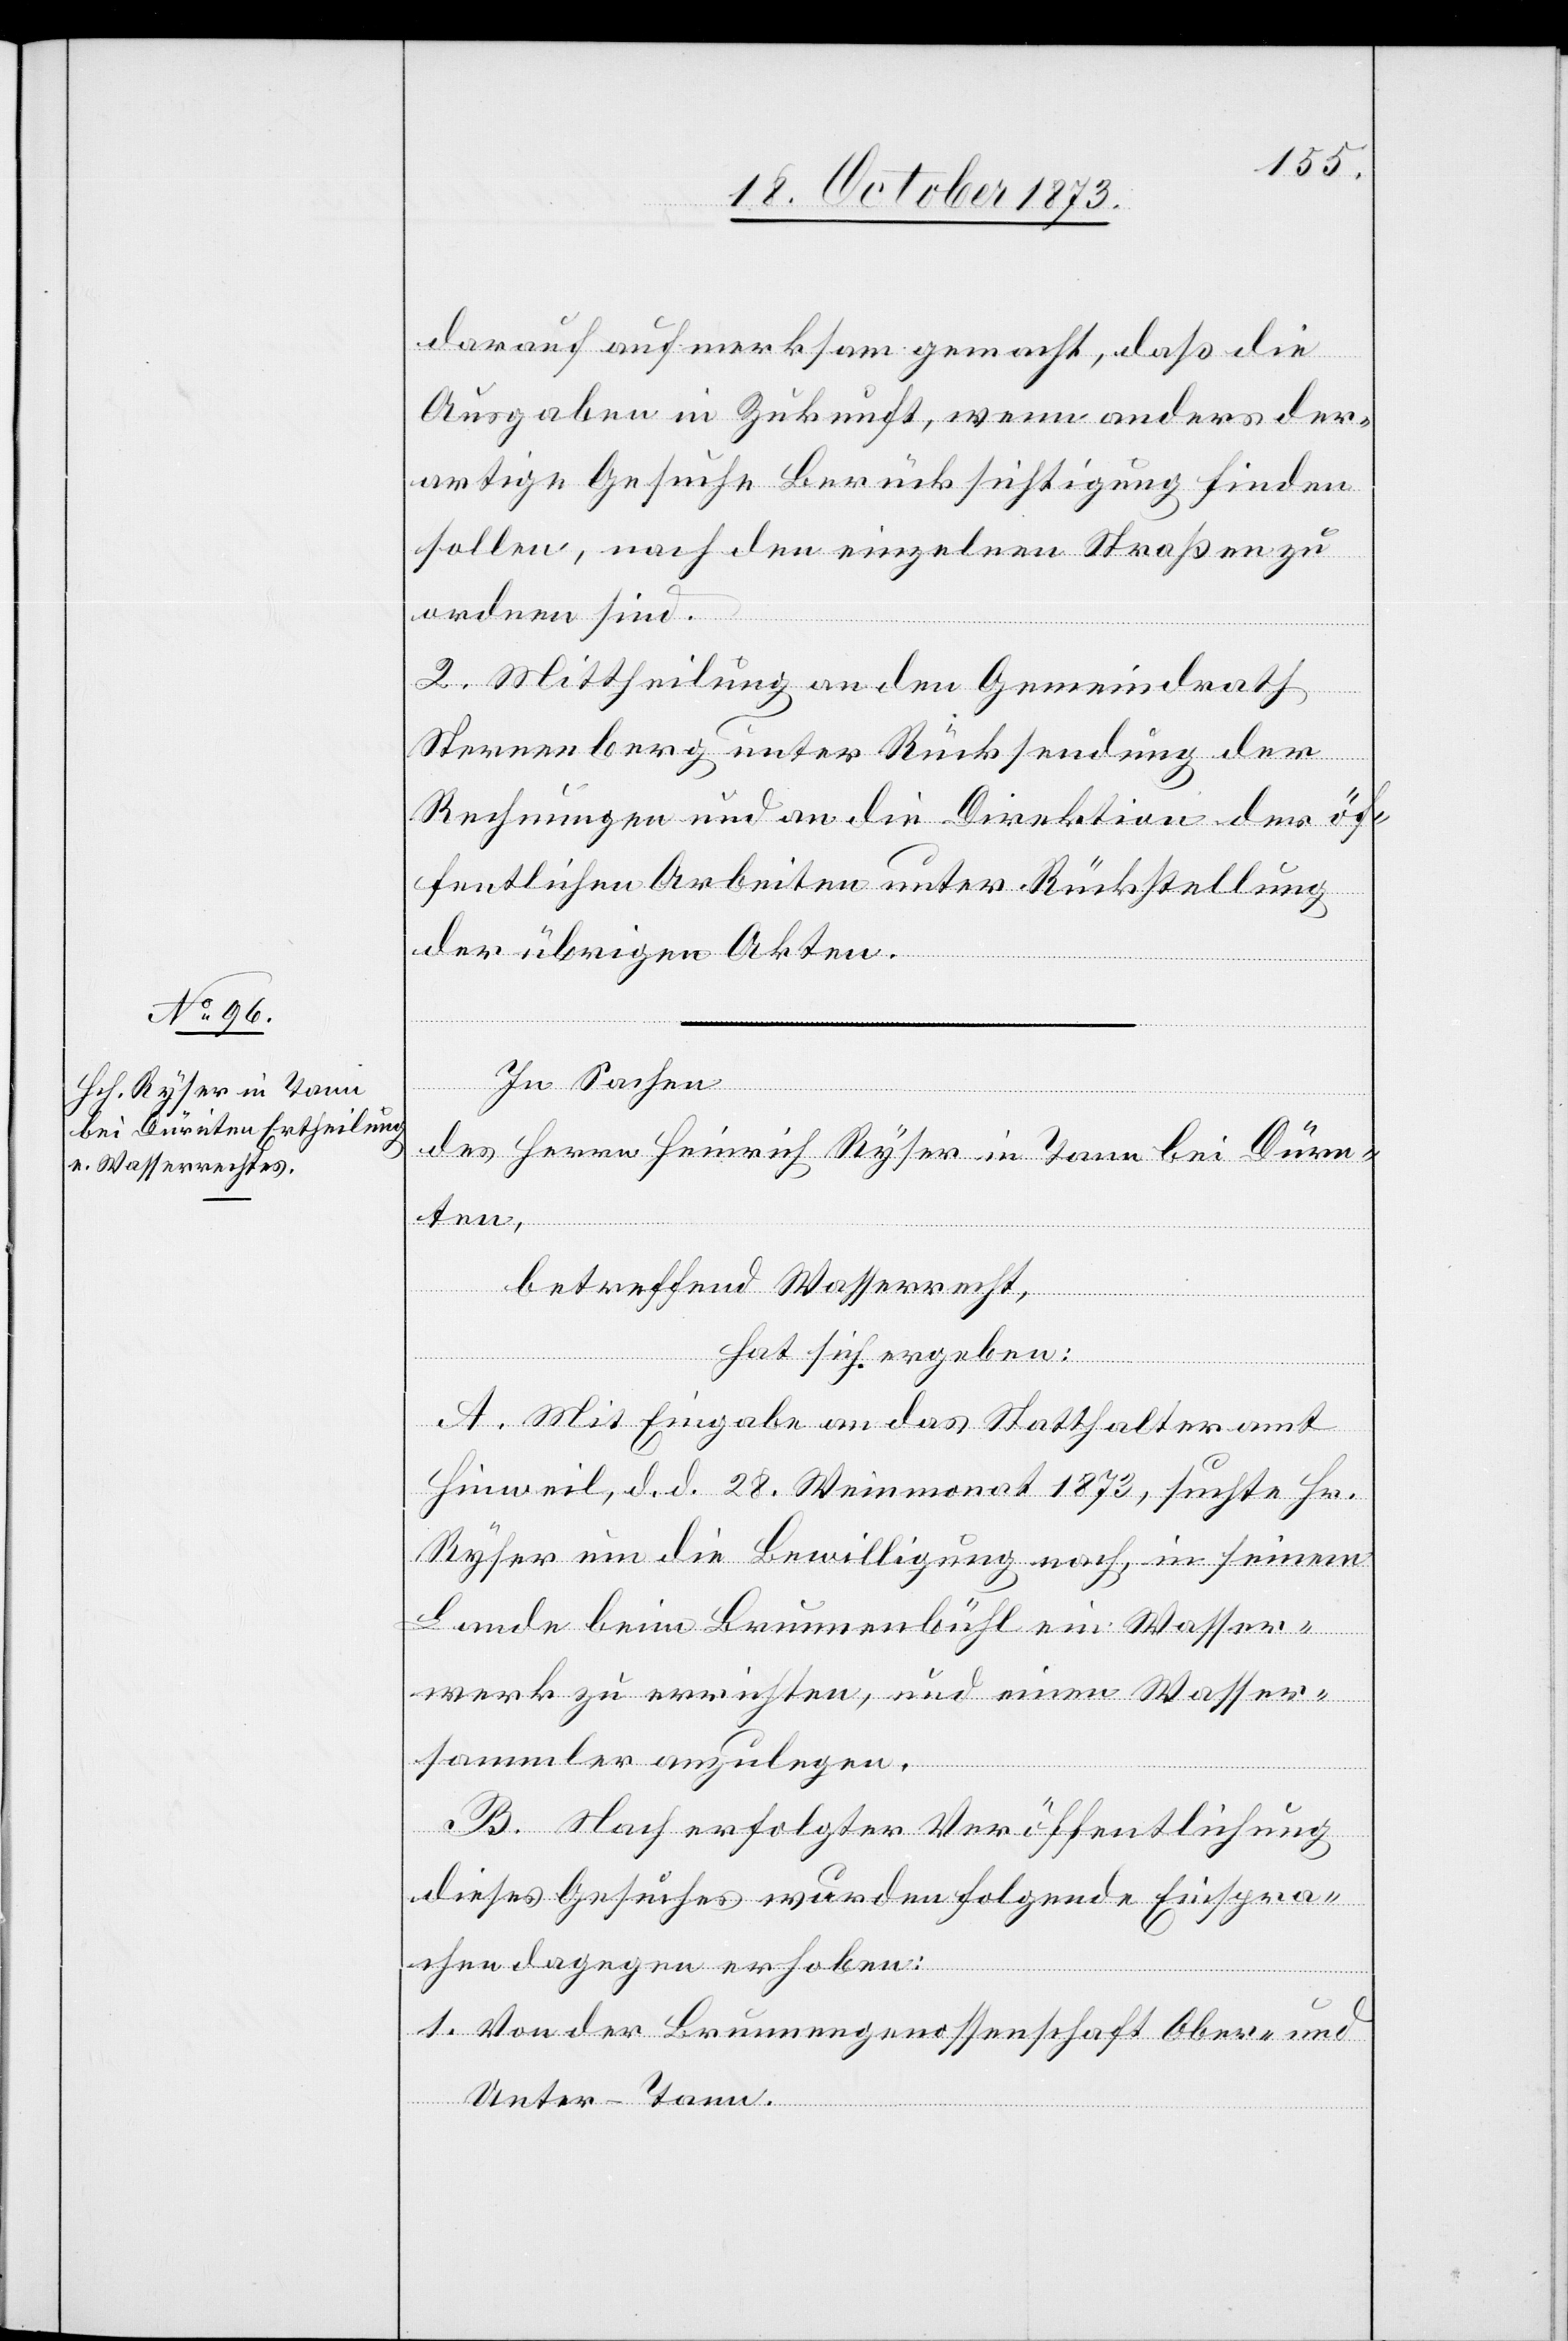
darauf aufmerksam gemacht, daß die
Ausgaben in Zukunft, wenn anders der¬
artige Gesuche Berücksichtigung finden
sollen, nach den einzelnen Straßen zu
ordnen sind.
2. Mittheilung an den Gemeindrath
Sternenberg unter Rücksendung der
Rechnungen und an die Direktion der öf¬
fentlichen Arbeiten unter Rückstellung
der übrigen Akten.
In Sachen
des Herrn Heinrich Ryser in Tann bei Dürn¬
ten,
betreffend Wasserrecht,
hat sich ergeben:
A. Mit Eingabe an das Statthalteramt
Hinweil, d. d. 28. Weinmonat 1873, suchte Hr.
Ryser um die Bewilligung nach, in seinem
Lande beim Brunnenbühl ein Wasser¬
werk zu errichten, und einen Wasser¬
sammler anzulegen.
B. Nach erfolgter Veröffentlichung
dieses Gesuches wurden folgende Einspra¬
chen dagegen erhoben:
1. Von der Brunnengenossenschaft Ober- und
Unter-Tann.